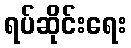
ရပ်ဆိုင်းရေး